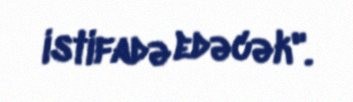
istifadə edəcək".